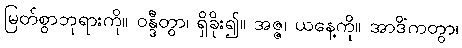
မြတ်စွာဘုရားကို။ ဝန္ဒီတွာ၊ ရှိခိုး၍။ အဇ္ဇ၊ ယနေ့ကို။ အာဒိံကတွာ၊